Report of the Municipal Commissioner on the plague in Bombay for the year ending 31st May... - Volume 1
Disease focus: Plague
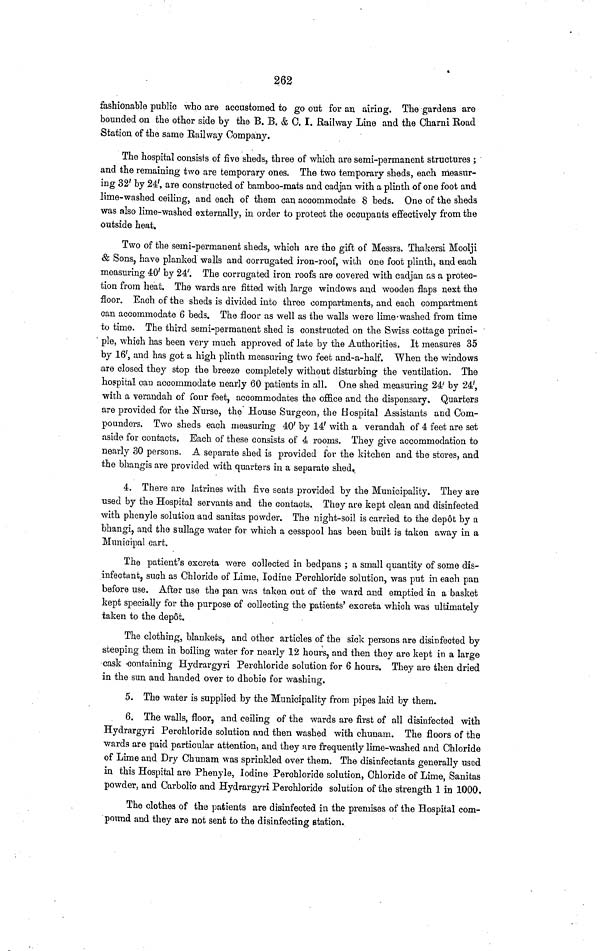
262
fashionable public who are accustomed to go out for an airing. The gardens are
bounded on the other side by the B. B. & C. I. Railway Line and the Charni Road
Station of the same Railway Company.
The hospital consists of five sheds, three of which are semi-permanent structures ;
and the remaining two are temporary ones. The two temporary sheds, each measur-
ing 32' by 24', are constructed of bamboo-mats and cadjan with a plinth of one foot and
lime-washed ceiling, and each of them can accommodate 8 beds. One of the sheds
was also lime-washed externally, in order to protect the occupants effectively from the
outside heat.
Two of the semi-permanent sheds, which are the gift of Messrs. Thakersi Moolji
& Sons, have planked walls and corrugated iron-roof, with one foot plinth, and each
measuring 40' by 24'. The corrugated iron roofs are covered with cadjan as a protec-
tion from heat. The wards are fitted with large windows and wooden flaps next the
floor. Each of the sheds is divided into three compartments, and each compartment
can accommodate 6 beds. The floor as well as the walls were lime«washed from time
to time. The third semi-permanent shed is constructed on the Swiss cottage princi-
ple, which has been very much approved of late by the Authorities, It measures 35
by 16', and has got a high plinth measuring two feet and-a-half. When the windows
are closed they stop the breeze completely without disturbing the ventilation. The
hospital can accommodate nearly 60 patients in all. One shed measuring 24' by 24',
with a verandah of four feet, accommodates the office and the dispensary. Quarters
are provided for the Nurse, the House Surgeon, the Hospital Assistants and Com-
pounders. Two sheds each measuring 40' by 14' with a verandah of 4 feet are set
aside for contacts. Each of these consists of 4 rooms. They give accommodation to
nearly 30 persons. A separate shed is provided for the kitchen and the stores, and
the bhangis are provided with quarters in a separate shed,
4. There are latrines with five seats provided by the Municipality. They are
used by the Hospital servants and the contacts. They are kept clean and disinfected
with phenyle solution and sanitas powder. The night-soil is carried to the depot by a
bhangi, and the sullage water for which a cesspool has been built is taken away in a
Municipal cart.
The patient's excreta were collected in bedpans ; a small quantity of some dis-
infectant, such as Chloride of Lime, Iodine Perchloride solution, was put in each pan
before use. After use the pan was taken out of the ward and emptied in a basket
kept specially for the purpose of collecting the patients' excreta which was ultimately
taken to the dep6t.
The clothing, blankets, and other articles of the sick persons are disinfected by
steeping them in boiling water for nearly 12 hours, and then they are kept in a large
cask 'Containing Hydrargyri Perchloride solution for 6 hours. They are then dried
in the sun and handed over to dhobie for washing.
5. The water is supplied by the Municipality from pipes laid by them.
6. The walls, floor, and ceiling of the wards are first of all disinfected with
Hydrargyri Perchloride solution and then washed with chunam. The floors of the
wards are paid particular attention, and they are frequently lime-washed and Chloride
of Lime and Dry Chunam was sprinkled over them. The disinfectants generally used
in this Hospital are Phenyle, Iodine Perchloride solution, Chloride of Lime, Sanitas
powder, and Carbolic and Hydrargyri Perchloride solution of the strength 1 in 1000.
The clothes of the patients are disinfected in the premises of the Hospital com-
pound and they are not sent to the disinfecting station.